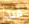
قبل